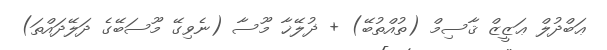
ޢަބްދުލް ޢަޒީޒް ޤާސިމް (ތުއްތުބޭ) + ޛުލޭޚާ މޫސާ (ނެވިގޭ މޫސަބޭގެ ދަލޭދައްތަ)